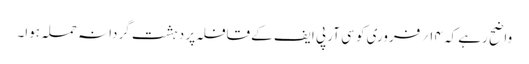
واضح رہے کہ ۱۴؍ فروری کو سی آر پی ایف کے قافلہ پر دہشت گردانہ حملہ ہوا۔